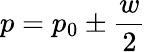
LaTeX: p=p_{0}\pm{\frac{w}{2}}